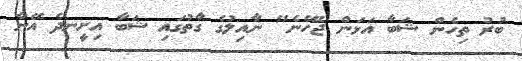
ބުރު ތިހެން ޝަބާ އަޅަން ޖެހޭނެ" ނާއިލުގެ ގާތުގައި ޝަބާ އިށީނދެ އޭނާ